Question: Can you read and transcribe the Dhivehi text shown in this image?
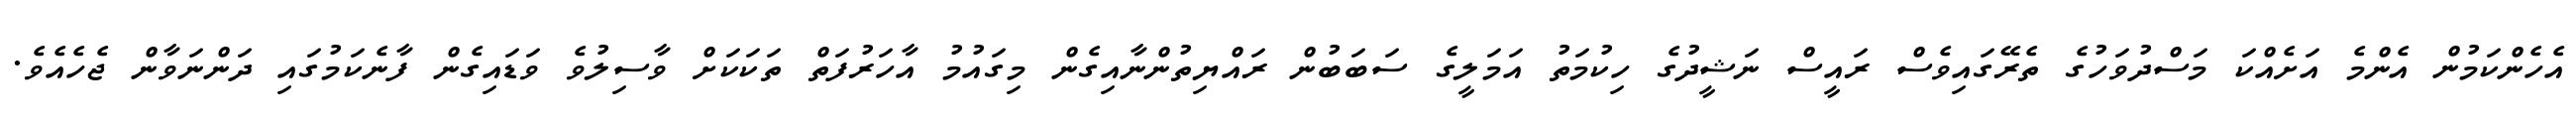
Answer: އެހެންކަމުން އެންމެ އަށެއްކަ މަސްދުވަހުގެ ތެރޭގައިވެސް ރައީސް ނަޝީދުގެ ހިކުމަތު އަމަލީގެ ސަބަބުން ރައްޔިތުންނާއިގެން މިގައުމު އާހަރުފަތް ތަކަކަށް ވާސިލުވެ ވަޑައިގެން ފާނެކަމުގައި ދަންނަވާން ޖެހެއެވެ.